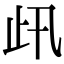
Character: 𣥇